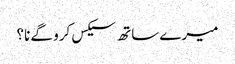
میرے ساتھ سیکس کرو گے نا؟